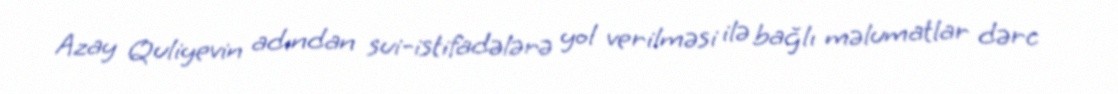
Azay Quliyevin adından sui-istifadələrə yol verilməsi ilə bağlı məlumatlar dərc